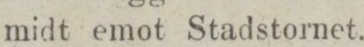
(137)    midt emot Stadstornet.